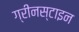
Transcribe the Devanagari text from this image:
ग्रीनस्टाइन